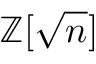
\mathbb { Z } [ { \sqrt { n } } ]